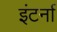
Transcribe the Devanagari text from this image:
इंटर्ना